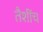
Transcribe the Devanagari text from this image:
तैशींच